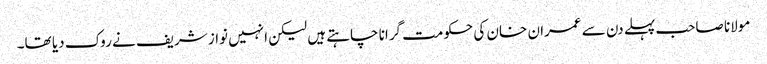
مولانا صاحب پہلے دن سے عمران خان کی حکومت گرانا چاہتے ہیں لیکن انہیں نواز شریف نے روک دیا تھا۔